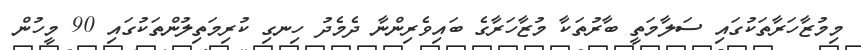
މިމުޒާހަރާތަކުގައި ސަލާމަތީ ބާރުތަކާ މުޒާހަރާގެ ބައިވެރިންނާ ދެމެދު ހިނގި ކުރިމަތިލުންތަކުގައި 90 މީހުން